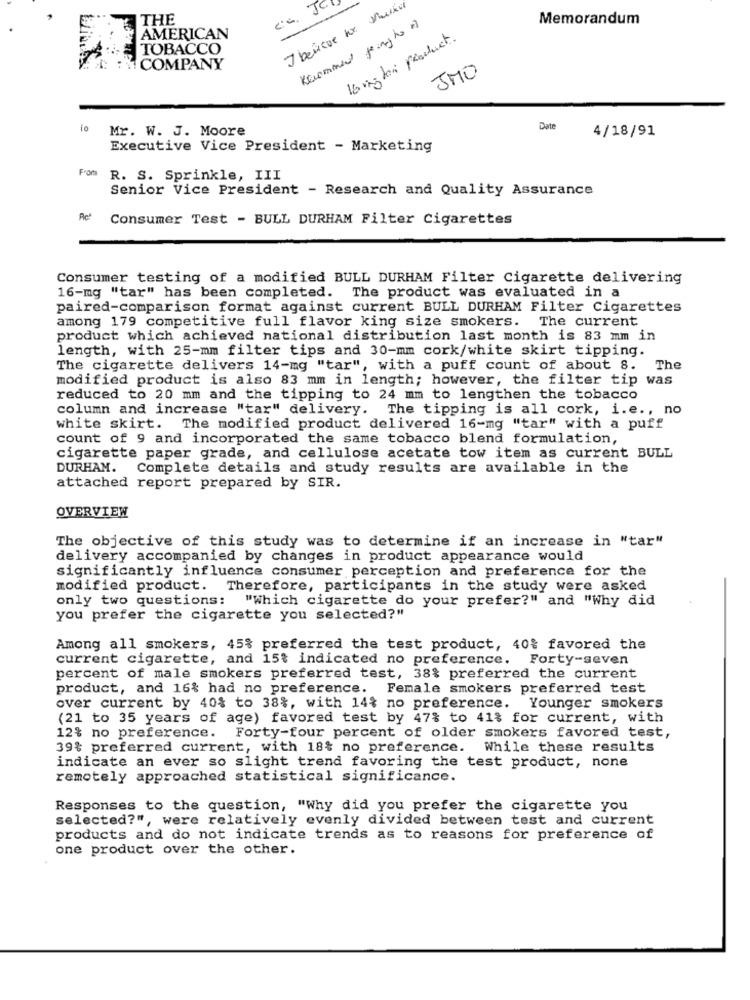
JCI
I believe no Vekil
THE
Memorandum
Recommend goingto
AMERICAN
16 kg di product.
TOBACCO
1 COMPANY
JMO
Mr. W. J. Moore
Date
4/18/91
Executive Vice President - Marketing
Frans
R. S. Sprinkle, III
Senior Vice President - Research and Quality Assurance
Consumer Test - BULL DURHAM Filter Cigarettes
Consumer testing of a modified BULL DURHAM Filter Cigarette delivering
16-mg "tar" has been completed. The product was evaluated in a
paired-comparison format against current BULL DURHAM Filter Cigarettes
among 179 competitive full flavor king size smokers. The current
product which achieved national distribution last month is 83 mm in
length, with 25-mm filter tips and 30-mm cork/white skirt tipping.
The cigarette delivers 14-mg "tar", with a puff count of about 8. The
modified product is also 83 mm in length; however, the filter tip was
reduced to 20 mm and the tipping to 24 mm to lengthen the tobacco
column and increase "tar" delivery. The tipping is all cork, i.e ., no
white skirt. The modified product delivered 16-mg "tar" with a puff
count of 9 and incorporated the same tobacco blend formulation,
cigarette paper grade, and cellulose acetate tow item as current BULL
DURHAM. Complete details and study results are available in the
attached report prepared by SIR.
OVERVIEW
The objective of this study was to determine if an increase in "tar"
delivery accompanied by changes in product appearance would
significantly influence consumer perception and preference for the
modified product. Therefore, participants in the study were asked
only two questions:
"Which cigarette do your prefer?" and "Why did
you prefer the cigarette you selected?"
Among all smokers, 45% preferred the test product, 40% favored the
current cigarette, and 15% indicated no preference. Forty-seven
percent of male smokers preferred test, 38% preferred the current
product, and 16% had no preference. Female smokers preferred test
over current by 40% to 38%, with 14% no preference. Younger smokers
(21 to 35 years of age) favored test by 47% to 41% for current, with
12% no preference. Forty-four percent of older smokers favored test,
39% preferred current, with 18% no preference. While these results
indicate an ever so slight trend favoring the test product, none
remotely approached statistical significance.
Responses to the question, "Why did you prefer the cigarette you
selected?", were relatively evenly divided between test and current
products and do not indicate trends as to reasons for preference of
one product over the other.